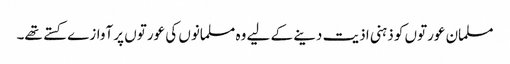
مسلمان عورتوں کو ذہنی اذیت دینے کے لیے وہ مسلمانوں کی عورتوں پر آوازے کستے تھے۔